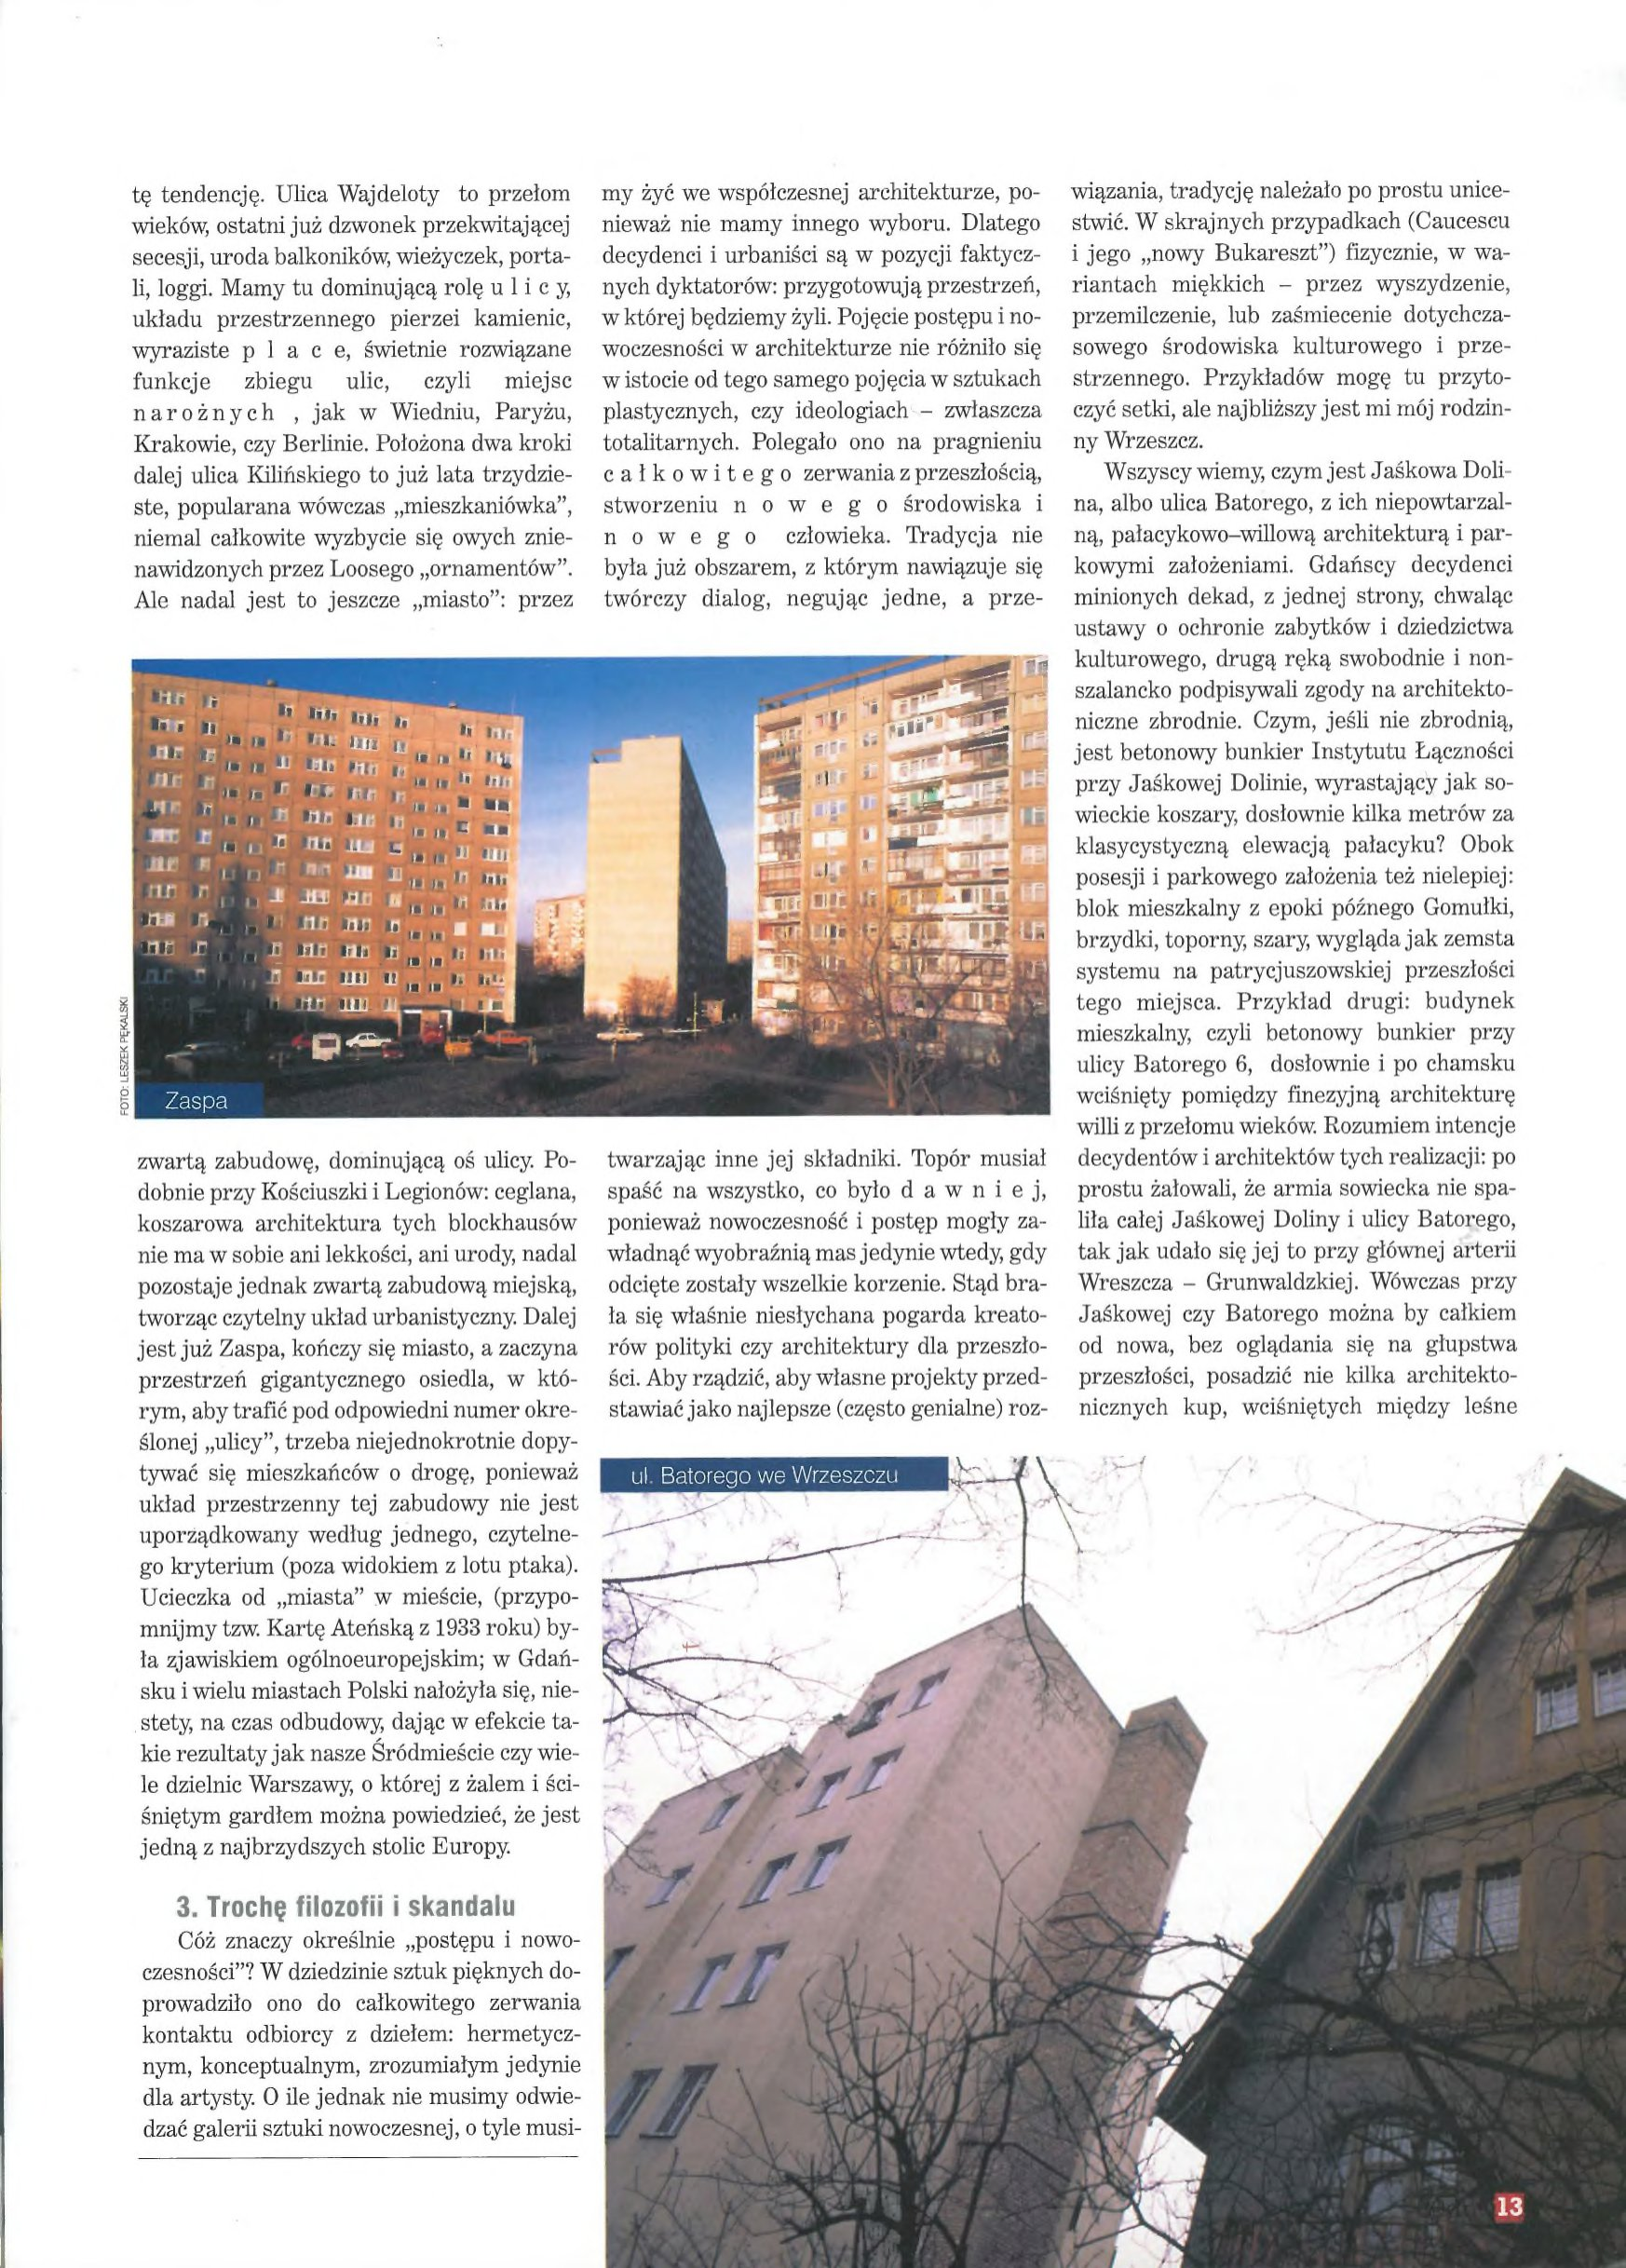
Language: pl